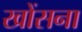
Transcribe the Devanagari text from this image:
खोंसना